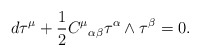
\begin{align*}d{\bf\tau}^\mu+\frac{1}{2}{C^\mu}_{\alpha\beta}{\bf\tau}^\alpha\wedge{\bf\tau}^\beta =0.\end{align*}